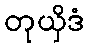
တုယှိဒံ